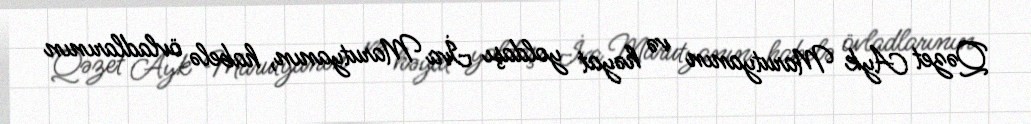
Qəzet Ayk Marutyanın və həyat yoldaşı İva Marutyanın, habelə övladlarının